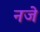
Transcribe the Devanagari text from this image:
नजे